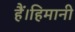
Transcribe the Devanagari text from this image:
हैं।हिमानी